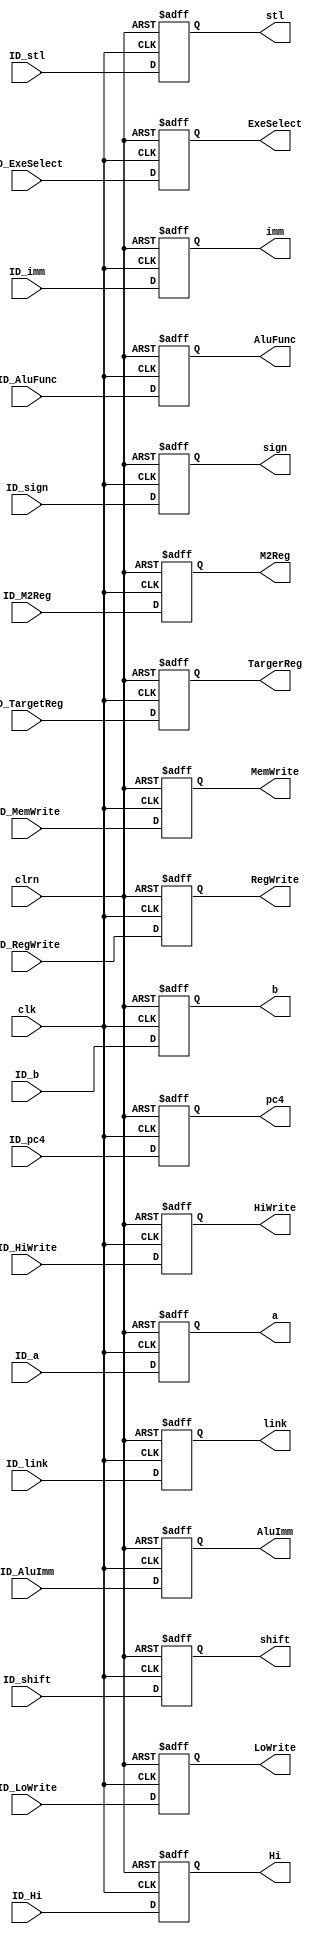
module pipe_d_e_reg(
  ID_RegWrite,ID_M2Reg,ID_MemWrite,ID_AluImm,
  ID_shift,ID_link,ID_HiWrite,ID_LoWrite,ID_Hi,
  ID_stl,ID_sign,ID_pc4,ID_a,ID_b,ID_imm,
  ID_AluFunc,ID_ExeSelect,ID_TargetReg,
  clk,clrn,
  RegWrite,M2Reg,MemWrite,AluImm,
  shift,link,HiWrite,LoWrite,Hi,
  stl,sign,pc4,a,b,imm,
  AluFunc,ExeSelect,TargerReg
);

    input clk,clrn;
    input ID_RegWrite,ID_M2Reg,ID_MemWrite,ID_AluImm,
          ID_shift,ID_link,ID_HiWrite,ID_LoWrite,ID_Hi,
          ID_stl,ID_sign;
    input [31:0] ID_pc4,ID_a,ID_b,ID_imm;
    input [ 4:0] ID_TargetReg;
    input [ 3:0] ID_AluFunc;
    input [ 1:0] ID_ExeSelect;

    output reg RegWrite,M2Reg,MemWrite,AluImm,
               shift,link,HiWrite,LoWrite,Hi,
               stl,sign;
    output reg [31:0] pc4,a,b,imm;
    output reg [ 4:0] TargerReg;
    output reg [ 3:0] AluFunc;
    output reg [ 1:0] ExeSelect;

    always @ ( negedge clrn or posedge clk) begin
        if (clrn == 0) begin
          RegWrite <= 0 ;       M2Reg   <= 0 ;
          MemWrite <= 0 ;       AluImm  <= 0 ;
          shift    <= 0 ;       link    <= 0 ;
          HiWrite  <= 0 ;       LoWrite <= 0 ;
          Hi       <= 0 ;       stl     <= 0 ;
          sign     <= 0 ;       

          pc4      <= 0 ;       a       <= 0 ;
          b        <= 0 ;       imm     <= 0 ;
          TargerReg<= 0 ;       AluFunc <= 0 ;
          ExeSelect<= 0 ;

        end else begin
          RegWrite <= ID_RegWrite ;     M2Reg   <= ID_M2Reg   ;
          MemWrite <= ID_MemWrite ;     AluImm  <= ID_AluImm  ;
          shift    <= ID_shift    ;     link    <= ID_link    ;
          HiWrite  <= ID_HiWrite  ;     LoWrite <= ID_LoWrite ;
          Hi       <= ID_Hi       ;     stl     <= ID_stl     ;
          sign     <= ID_sign     ; 

          pc4      <= ID_pc4      ;     a       <= ID_a      ;
          b        <= ID_b        ;     imm     <= ID_imm    ;
          TargerReg<= ID_TargetReg;     AluFunc <= ID_AluFunc;
          ExeSelect<= ID_ExeSelect;
        end
    end

endmodule